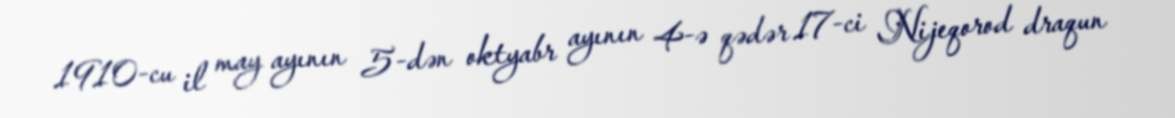
1910-cu il may ayının 5-dən oktyabr ayının 4-ə qədər 17-ci Nijeqorod draqun